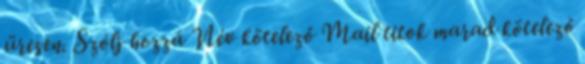
üresen. Szólj hozzá Név kötelező Mail titok marad kötelező